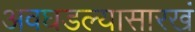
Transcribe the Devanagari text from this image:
अवघडल्यासारखं